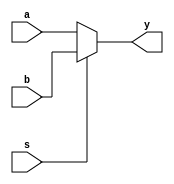
module mux(y,s,a,b);
input a,b,s;
output y;

assign y=(s)? b:a;
endmodule
module mux_tt();
reg a,b,s;
wire y;
mux DUT(.y(y) , .s(s), .a(a), .b(b));
initial begin
$monitor("y=%b s=%b a=%b b=%b" ,y,s,a,b);
 s=1'b1 ; a=1'b1 ;b=1'b1;
#10 s=1'b0 ; a=1'b0 ;b=1'b0;
end
endmodule